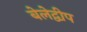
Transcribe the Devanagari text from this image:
बेलेद्वीप